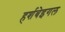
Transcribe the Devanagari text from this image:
हर्शबेइगल